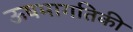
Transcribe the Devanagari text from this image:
ऊषमागतिकी